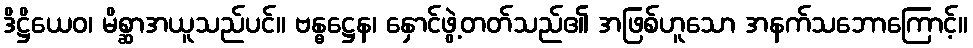
ဒိဋ္ဌိယေဝ၊ မိစ္ဆာအယူသည်ပင်။ ဗန္ဓဋ္ဌေန၊ နှောင်ဖွဲ့တတ်သည်၏ အဖြစ်ဟူသော အနက်သဘောကြောင့်။